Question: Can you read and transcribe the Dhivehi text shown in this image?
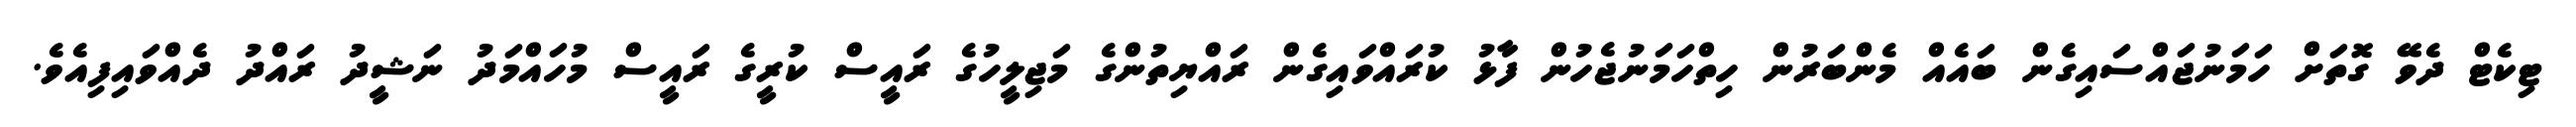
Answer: ޓިކެޓް ދެވޭ ގޮތަށް ހަމަނުޖައްސައިގެން ބައެއް މެންބަރުން ހިތްހަމަނުޖެހުން ފާޅު ކުރައްވައިގެން ރައްޔިތުންގެ މަޖިލީހުގެ ރައީސް ކުރީގެ ރައީސް މުހައްމަދު ނަޝީދު ރައްދު ދެއްވައިފިއެވެ.